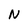
Character: N